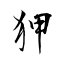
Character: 狎